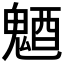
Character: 𩳜